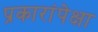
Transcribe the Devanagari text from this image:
प्रकारांपेक्षा